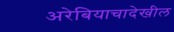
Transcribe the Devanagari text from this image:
अरेबियाचादेखील